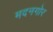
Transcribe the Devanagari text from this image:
मदनगोर